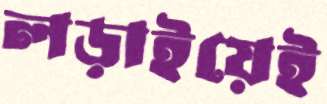
লড়াইয়েই